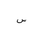
Letter: _sin